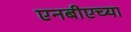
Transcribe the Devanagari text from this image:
एनबीएच्या